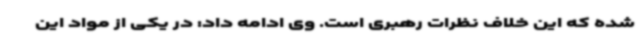
شده که این خلاف نظرات رهبری است. وی ادامه داد: در یکی از مواد این